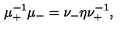
\mu _ { + } ^ { - 1 } \mu _ { - } = \nu _ { - } \eta \nu _ { + } ^ { - 1 } ,